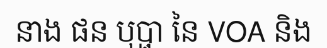
នាង ផន បុប្ផា នៃ VOA និង